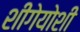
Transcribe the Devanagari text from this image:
शीगेयोशी